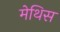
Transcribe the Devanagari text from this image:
मेथिस